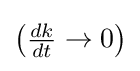
{\textstyle \left({\frac {dk}{dt}}\to 0\right)}